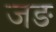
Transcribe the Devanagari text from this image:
जङ